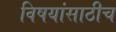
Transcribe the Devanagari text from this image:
विषयांसाठीच